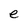
Character: e